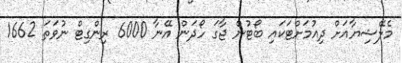
މެލޭޝިޔާއަށް ދިއުމަށްޓަކައި ބޯޓުން ޖާގަ ހޯދަން އޭނާ 6000 ރިންގިޓް ނުވަތަ 1662